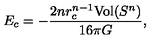
E _ { c } = - \frac { 2 n r _ { c } ^ { n - 1 } \mathrm { V o l } ( S ^ { n } ) } { 1 6 \pi G } ,